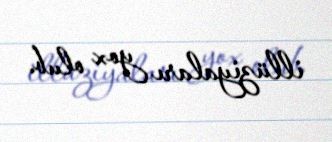
illüziyaları yox olub.